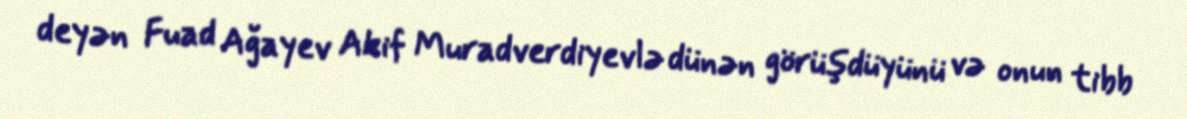
deyən Fuad Ağayev Akif Muradverdiyevlə dünən görüşdüyünü və onun tibb